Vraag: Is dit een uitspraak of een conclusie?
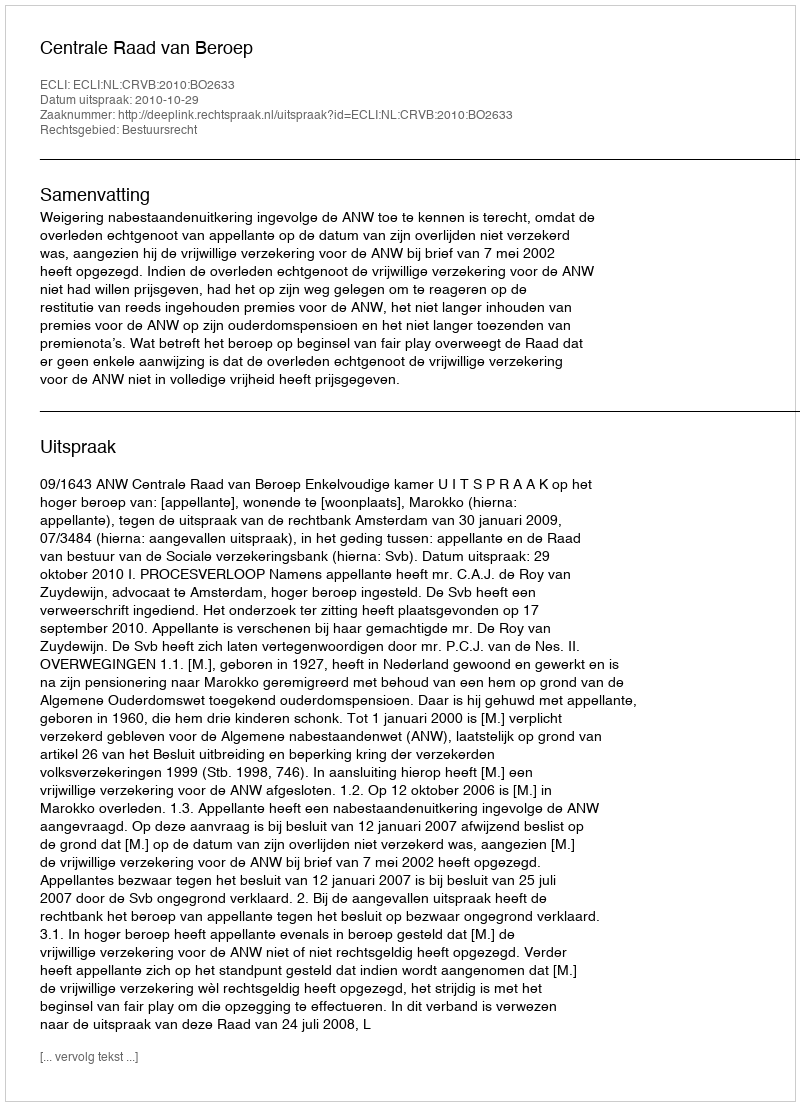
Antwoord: Uitspraak